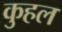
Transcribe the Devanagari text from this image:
कुहल